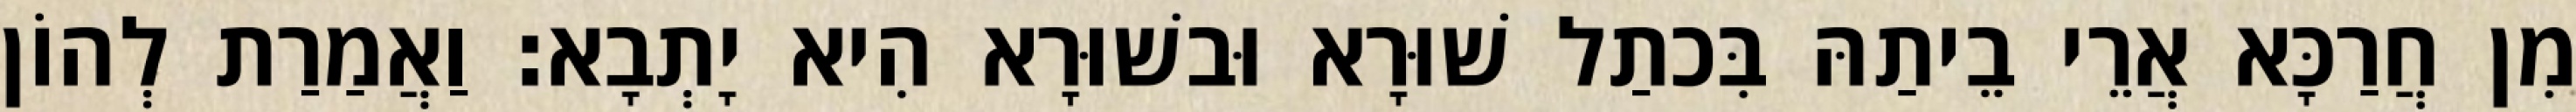
מִן חֲרַכָּא אֲרֵי בֵיתַהּ בִּכתַל שׁוּרָא וּבשׁוּרָא הִיא יָתְבָא׃ וַאֲמַרַת לְהוֹן